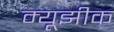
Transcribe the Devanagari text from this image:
म्यूझीक